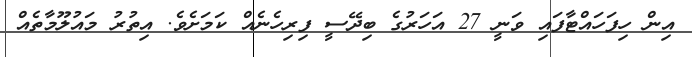
އިން ހިފަހައްޓާފައި ވަނީ 27 އަހަރުގެ ބިދޭސީ ފިރިހެނެއް ކަމަށެވެ. އިތުރު މައުލޫމާތެއް